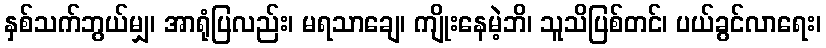
နှစ်သက်ဘွယ်မျှ၊ အာရုံပြလည်း၊ မရသာချေ၊ ကျိုးနေမဲ့ဘိ၊ သူသိပြစ်တင်၊ ပယ်ခွင်လာရေး၊